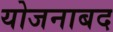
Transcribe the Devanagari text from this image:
योजनाबद